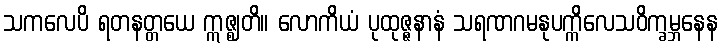
သကလေပိ ရတနတ္တယေ ဣဇ္ဈတိ။ လောကိယံ ပုထုဇ္ဇနာနံ သရဏဂမနုပက္ကိလေသဝိက္ခမ္ဘနေန